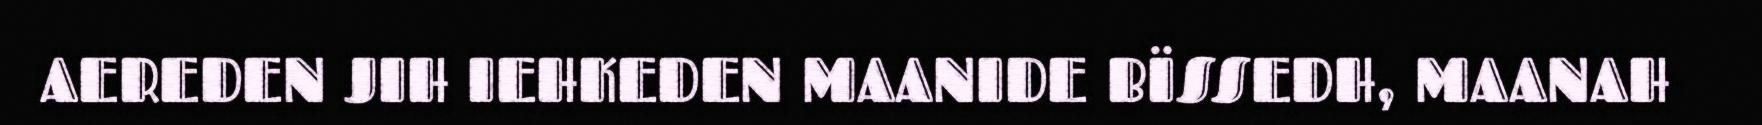
AEREDEN JIH IEHKEDEN MAANIDE BÏSSEDH, MAANAH